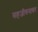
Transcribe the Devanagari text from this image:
सहजीवनावर